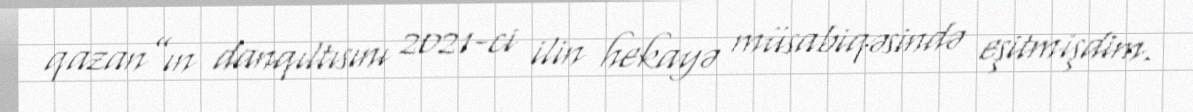
qazan”ın danqıltısını 2021-ci ilin hekayə müsabiqəsində eşitmişdim.